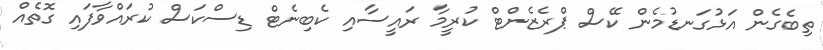
ތިބެގެން އަޅުގަނޑުމެން ކޭސް ޕްރެޒެންޓް ކުރީމާ ރައީސާއި ކެބިނެޓް ޑިސްކަސް ކުރައްވާފައި ގޮތެއް